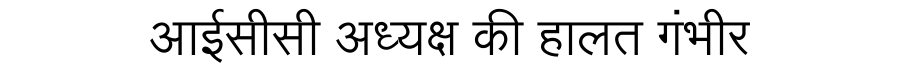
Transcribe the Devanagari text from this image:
आईसीसी अध्यक्ष की हालत गंभीर